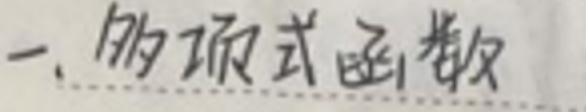
一、多项式函数